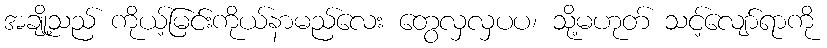
အချို့သည် ကိုယ့်မြင်းကိုယ်နာမည်လေး တွေလှလှပပ၊ သို့မဟုတ် သင့်လျော်ရာကို